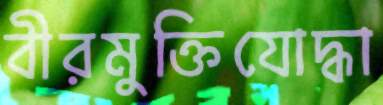
বীরমুক্তিযোদ্ধা